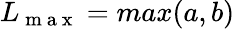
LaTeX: L_{\mathrm{~m~a~x~}}=max(a,b)